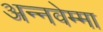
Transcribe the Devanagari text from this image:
अन्नवेम्मा